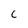
Character: c